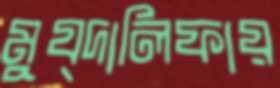
মুয্দালিফায়